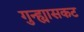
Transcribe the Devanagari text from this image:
गुन्ह्यासकट